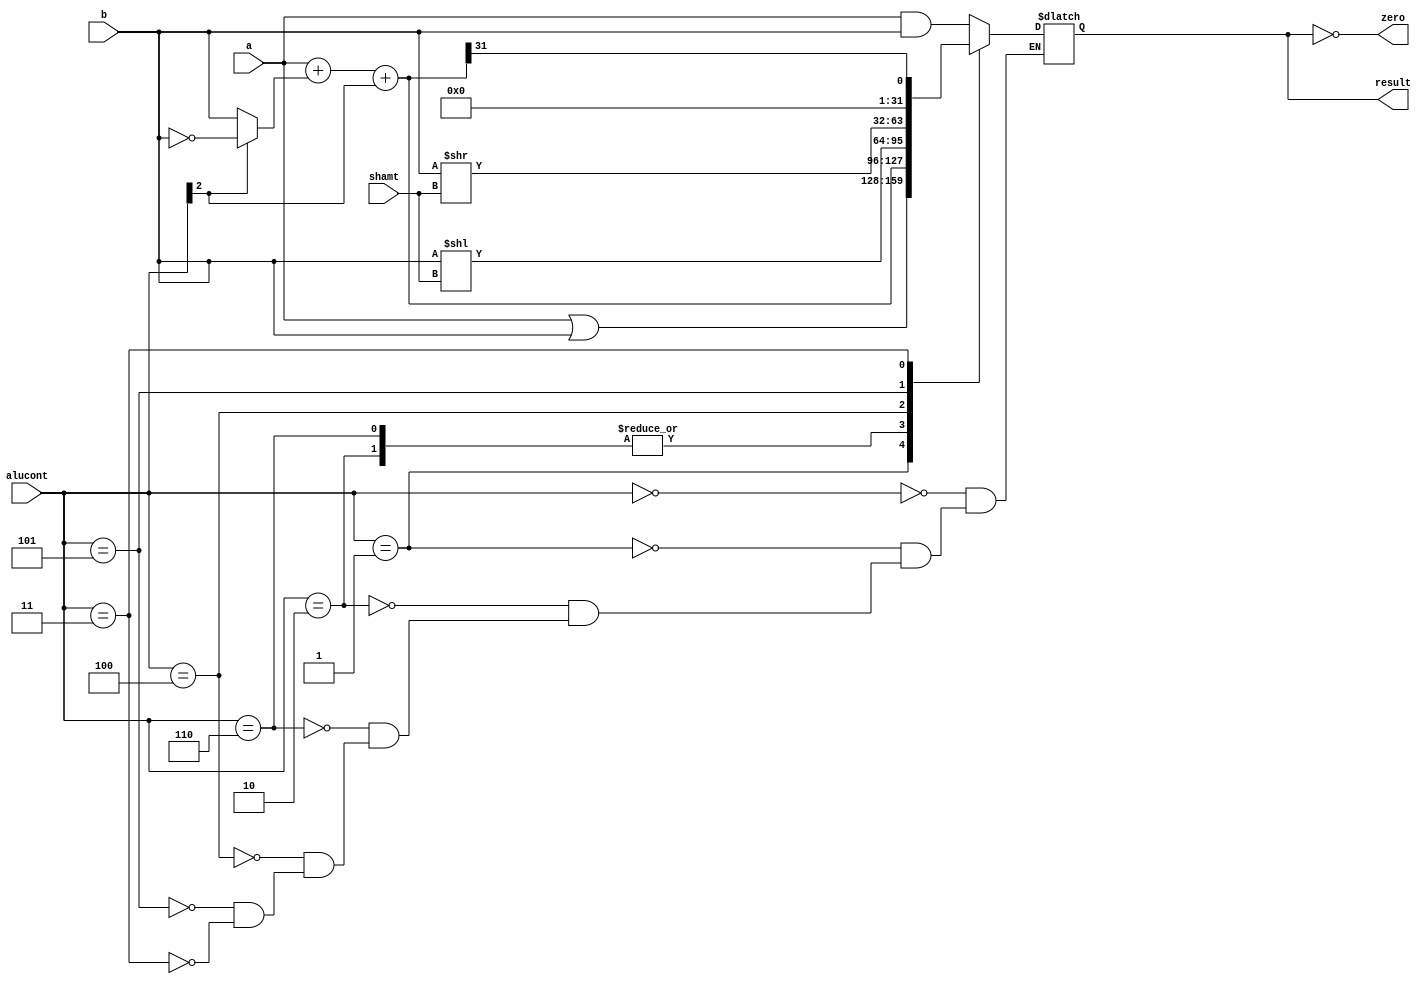
// ALU
module alu(
	input		[31:0]	a, b, 
	input       [ 4:0]  shamt,
	input		[ 2:0]	alucont, 
	output reg	[31:0]	result,
	output			zero );

	wire	[31:0]	b2, sum, slt;

	assign b2 = alucont[2] ? ~b:b; 
	assign sum = a + b2 + alucont[2];
	assign slt = sum[31];

	always@(*)
		case(alucont[2:0])
			3'b000: result <= a & b;
			3'b001: result <= a | b;
			3'b010: result <= sum; // add
			3'b110: result <= sum; // sub
			3'b100: result <= b << shamt; //sll
			3'b101: result <= b >> shamt; //slr
			3'b011: result <= slt;
			
		endcase

	assign zero = (result == 32'b0);
endmodule